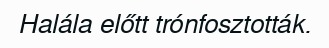
Halála előtt trónfosztották.